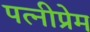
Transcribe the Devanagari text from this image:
पत्नीप्रेम